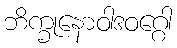
ဘိက္ခုနောဝါဒဝဂ္ဂေါ